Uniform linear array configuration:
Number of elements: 4
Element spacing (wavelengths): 0.25
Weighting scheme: hann
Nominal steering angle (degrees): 45
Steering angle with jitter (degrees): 43.513
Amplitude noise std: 0.05
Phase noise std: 0.05

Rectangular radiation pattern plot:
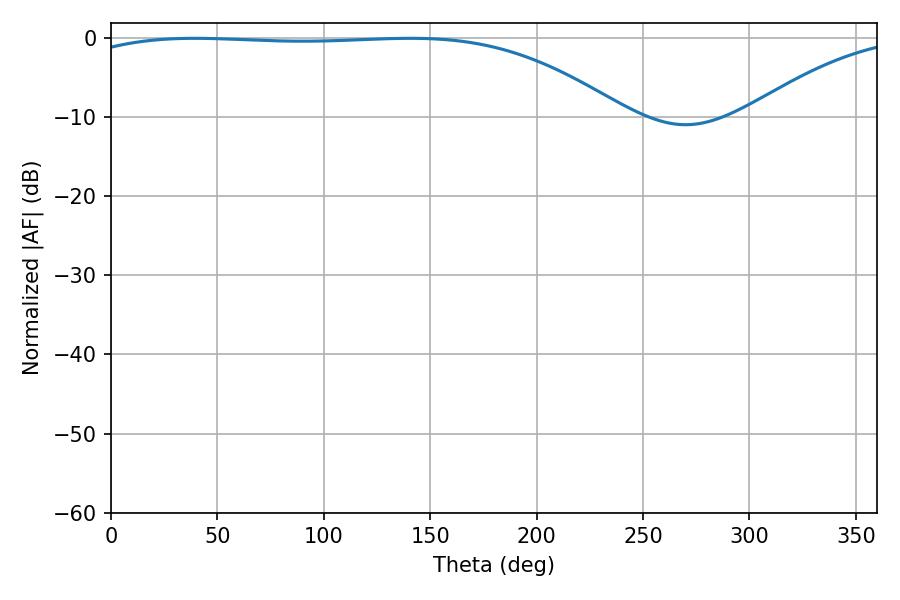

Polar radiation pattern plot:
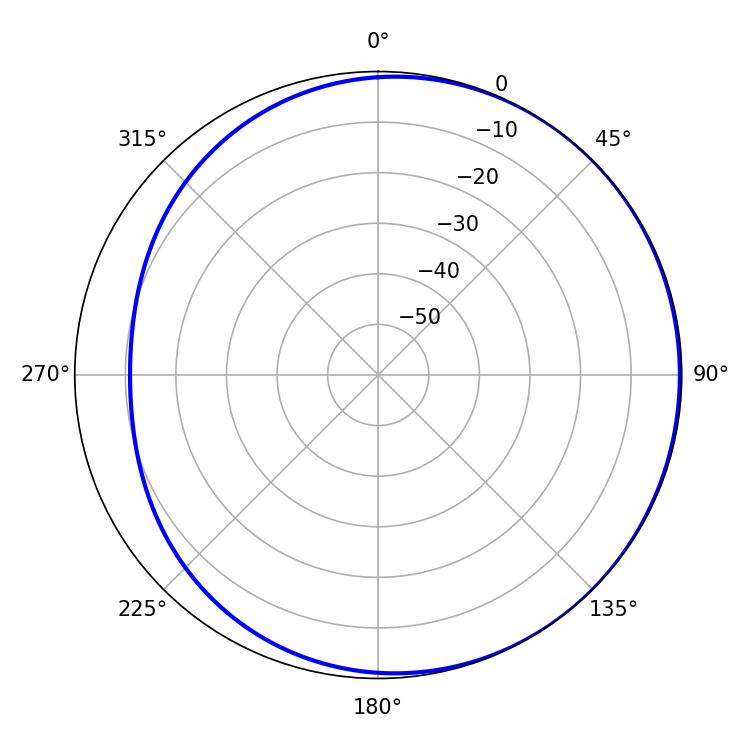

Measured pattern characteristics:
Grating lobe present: FALSE
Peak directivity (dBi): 1.268
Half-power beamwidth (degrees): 201.42
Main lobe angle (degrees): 39.24